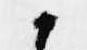
か